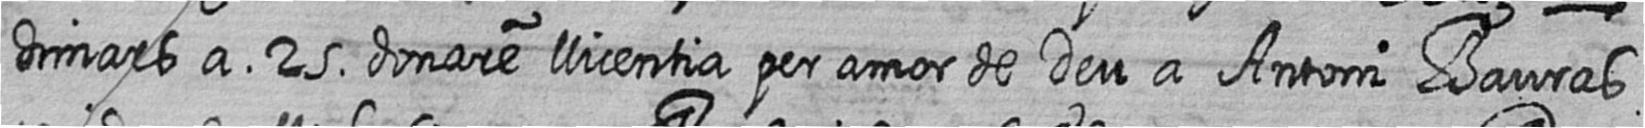
dimars a 25 donare llicentia per amor de Deu a Antoni Bauras